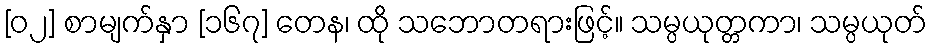
[၀၂] စာမျက်နှာ [၁၆၇] တေန၊ ထို သဘောတရားဖြင့်။ သမ္ပယုတ္တကာ၊ သမ္ပယုတ်